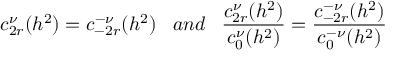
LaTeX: c _ { 2 r } ^ { \nu } ( h ^ { 2 } ) = c _ { - 2 r } ^ { - \nu } ( h ^ { 2 } ) \; \; \; a n d \; \; \; \frac { c _ { 2 r } ^ { \nu } ( h ^ { 2 } ) } { c _ { 0 } ^ { \nu } ( h ^ { 2 } ) } = \frac { c _ { - 2 r } ^ { - \nu } ( h ^ { 2 } ) } { c _ { 0 } ^ { - \nu } ( h ^ { 2 } ) }